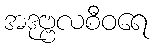
အဒုဗ္ဗလစီဝရေ